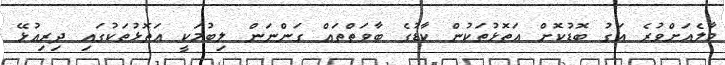
މާލެއަށްވުރެ އަގު ބޮޑުކޮށް އަތޮޅުތަކުން ކާޑުގެ ބާވަތްތައް ގަންނަން ލިބުމަކީ އަތޮޅުތަކުގައި ދިރިއުޅޭ